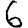
Digit: 6